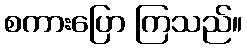
စကားပြော ကြသည်။